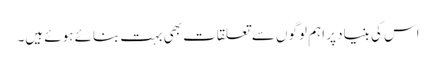
اس کی بنیاد پر اہم لوگوں سے تعلقات بھی بہت بنائے ہوئے ہیں۔